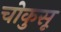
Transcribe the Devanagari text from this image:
चोकुसू